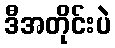
ဒီအတိုင်းပဲ